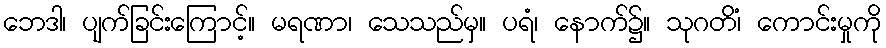
ဘေဒါ၊ ပျက်ခြင်းကြောင့်။ မရဏာ၊ သေသည်မှ။ ပရံ၊ နောက်၌။ သုဂတိံ၊ ကောင်းမှုကို